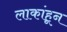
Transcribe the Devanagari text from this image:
लाकांहून